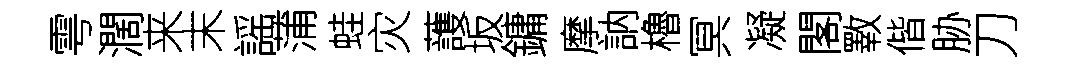
雩濶来末謡蒲蛙灾䕶坂鏞摩訥櫓冥凝閣斁偕胁刀